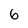
Character: 6